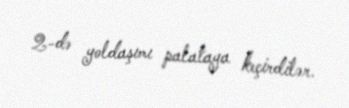
2-də yoldaşımı palataya keçirdilər.